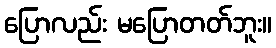
ပြောလည်း မပြောတတ်ဘူး။